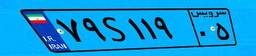
۰۹S۳۲۱۹۶